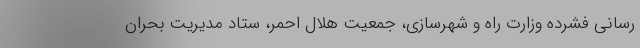
رسانی فشرده وزارت راه و شهرسازی، جمعیت هلال احمر، ستاد مدیریت بحران